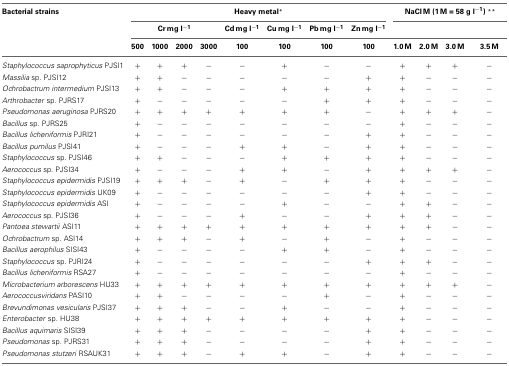
<table><thead><tr><td><b>Bacterial strains</b></td><td colspan="8"><b>Heavy metal<sup>*</sup></b></td><td colspan="4"><b>NaCl M (1 M = 58 g l<sup>−1</sup>) <sup>**</sup></b></td></tr><tr><td></td><td colspan="4"><b>Cr mg l<sup>−1</sup></b></td><td><b>Cd mg l<sup>−1</sup></b></td><td><b>Cu mg l<sup>−1</sup></b></td><td><b>Pb mg l<sup>−1</sup></b></td><td><b>Zn mg l<sup>−1</sup></b></td><td></td><td></td><td></td><td></td></tr><tr><td></td><td><b>500</b></td><td><b>1000</b></td><td><b>2000</b></td><td><b>3000</b></td><td><b>100</b></td><td><b>100</b></td><td><b>100</b></td><td><b>100</b></td><td><b>1.0 M</b></td><td><b>2.0 M</b></td><td><b>3.0 M</b></td><td><b>3.5 M</b></td></tr></thead><tbody><tr><td><i>Staphylococcus saprophyticus</i> PJSI1</td><td>+</td><td>+</td><td>+</td><td>−</td><td>−</td><td>+</td><td>−</td><td>−</td><td>+</td><td>+</td><td>+</td><td>−</td></tr><tr><td><i>Massilia</i> sp. PJSI12</td><td>+</td><td>+</td><td>−</td><td>−</td><td>−</td><td>−</td><td>−</td><td>+</td><td>+</td><td>−</td><td>−</td><td>−</td></tr><tr><td><i>Ochrobactrum intermedium</i> PJSI13</td><td>+</td><td>+</td><td>−</td><td>−</td><td>−</td><td>+</td><td>+</td><td>+</td><td>+</td><td>−</td><td>−</td><td>−</td></tr><tr><td><i>Arthrobacter</i> sp. PJRS17</td><td>+</td><td>−</td><td>−</td><td>−</td><td>−</td><td>−</td><td>+</td><td>+</td><td>+</td><td>−</td><td>−</td><td>−</td></tr><tr><td><i>Pseudomonas aeruginosa</i> PJRS20</td><td>+</td><td>+</td><td>+</td><td>+</td><td>+</td><td>+</td><td>+</td><td>−</td><td>+</td><td>+</td><td>+</td><td>−</td></tr><tr><td><i>Bacillus</i> sp. PJRS25</td><td>+</td><td>−</td><td>−</td><td>−</td><td>−</td><td>−</td><td>−</td><td>−</td><td>+</td><td>−</td><td>−</td><td>−</td></tr><tr><td><i>Bacillus licheniformis</i> PJRI21</td><td>+</td><td>−</td><td>−</td><td>−</td><td>−</td><td>−</td><td>−</td><td>+</td><td>+</td><td>−</td><td>−</td><td>−</td></tr><tr><td><i>Bacillus pumilus</i> PJSI41</td><td>+</td><td>−</td><td>−</td><td>−</td><td>+</td><td>+</td><td>−</td><td>+</td><td>+</td><td>−</td><td>−</td><td>−</td></tr><tr><td><i>Staphylococcus</i> sp. PJSI46</td><td>+</td><td>+</td><td>−</td><td>−</td><td>−</td><td>+</td><td>+</td><td>+</td><td>+</td><td>−</td><td>−</td><td>−</td></tr><tr><td><i>Aerococcus</i> sp. PJSI34</td><td>+</td><td>−</td><td>−</td><td>−</td><td>+</td><td>+</td><td>−</td><td>+</td><td>+</td><td>+</td><td>+</td><td>−</td></tr><tr><td><i>Staphylococcus epidermidis</i> PJSI19</td><td>+</td><td>+</td><td>+</td><td>−</td><td>+</td><td>−</td><td>+</td><td>+</td><td>+</td><td>−</td><td>−</td><td>−</td></tr><tr><td><i>Staphylococcus epidermidis</i> UK09</td><td>+</td><td>−</td><td>−</td><td>−</td><td>−</td><td>−</td><td>−</td><td>+</td><td>+</td><td>−</td><td>−</td><td>−</td></tr><tr><td><i>Staphylococcus epidermidis</i> ASI</td><td>+</td><td>−</td><td>−</td><td>−</td><td>−</td><td>+</td><td>−</td><td>−</td><td>+</td><td>+</td><td>−</td><td>−</td></tr><tr><td><i>Aerococcus</i> sp. PJSI36</td><td>+</td><td>−</td><td>−</td><td>−</td><td>+</td><td>−</td><td>−</td><td>+</td><td>+</td><td>+</td><td>−</td><td>−</td></tr><tr><td><i>Pantoea stewartii</i> ASI11</td><td>+</td><td>+</td><td>+</td><td>+</td><td>+</td><td>+</td><td>+</td><td>+</td><td>+</td><td>+</td><td>−</td><td>−</td></tr><tr><td><i>Ochrobactrum</i> sp. ASI14</td><td>+</td><td>+</td><td>+</td><td>−</td><td>+</td><td>−</td><td>+</td><td>−</td><td>+</td><td>−</td><td>−</td><td>−</td></tr><tr><td><i>Bacillus aerophilus</i> SISI43</td><td>+</td><td>−</td><td>−</td><td>−</td><td>−</td><td>+</td><td>+</td><td>−</td><td>+</td><td>−</td><td>−</td><td>−</td></tr><tr><td><i>Staphylococcus</i> sp. PJRI24</td><td>+</td><td>−</td><td>−</td><td>−</td><td>−</td><td>−</td><td>−</td><td>+</td><td>+</td><td>+</td><td>−</td><td>−</td></tr><tr><td><i>Bacillus licheniformis</i> RSA27</td><td>+</td><td>−</td><td>−</td><td>−</td><td>−</td><td>−</td><td>−</td><td>−</td><td>+</td><td>−</td><td>−</td><td>−</td></tr><tr><td><i>Microbacterium arborescens</i> HU33</td><td>+</td><td>+</td><td>+</td><td>+</td><td>+</td><td>+</td><td>+</td><td>+</td><td>+</td><td>+</td><td>+</td><td>−</td></tr><tr><td><i>Aerococcusviridans</i> PASI10</td><td>+</td><td>+</td><td>−</td><td>−</td><td>−</td><td>−</td><td>+</td><td>−</td><td>+</td><td>−</td><td>−</td><td>−</td></tr><tr><td><i>Brevundimonas vesicularis</i> PJSI37</td><td>+</td><td>+</td><td>+</td><td>−</td><td>−</td><td>+</td><td>−</td><td>−</td><td>+</td><td>−</td><td>−</td><td>−</td></tr><tr><td><i>Enterobacter</i> sp. HU38</td><td>+</td><td>+</td><td>+</td><td>+</td><td>+</td><td>+</td><td>+</td><td>+</td><td>+</td><td>−</td><td>−</td><td>−</td></tr><tr><td><i>Bacillus aquimaris</i> SISI39</td><td>+</td><td>+</td><td>+</td><td>−</td><td>−</td><td>−</td><td>−</td><td>+</td><td>+</td><td>−</td><td>−</td><td>−</td></tr><tr><td><i>Pseudomonas</i> sp. PJRS31</td><td>+</td><td>+</td><td>+</td><td>−</td><td>−</td><td>−</td><td>−</td><td>+</td><td>+</td><td>−</td><td>−</td><td>−</td></tr><tr><td><i>Pseudomonas stutzeri</i> RSAUK31</td><td>+</td><td>+</td><td>+</td><td>−</td><td>+</td><td>+</td><td>−</td><td>+</td><td>+</td><td>−</td><td>−</td><td>−</td></tr></tbody></table>